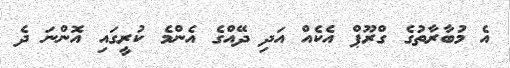
އެ މުބާރާތުގެ ގްރޫޕް އެކެއް އަދި ދޭއްގެ އެންމެ ކުރީގައި އޮންނަ ދެ